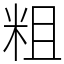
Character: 粗